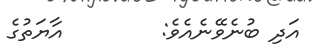
އަދި ބުނެވޭނެއެވެ:        އާޔަތުގެ